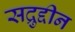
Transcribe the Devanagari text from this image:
सद्रुद्दीन